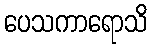
ပေသကာရောသိ